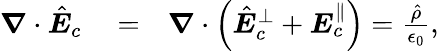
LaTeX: \begin{array}{rlr}{\boldsymbol\nabla\cdot\hat{\boldsymbol E}_{c}}&{{}=}&{\boldsymbol\nabla\cdot\left(\hat{\boldsymbol E}_{c}^{\perp}+{\boldsymbol E}_{c}^{\parallel}\right)=\frac{\hat{\rho}}{\epsilon_{0}},}\end{array}